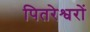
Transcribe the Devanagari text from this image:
पितरेश्वरों